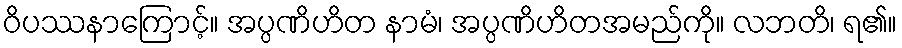
ဝိပဿနာကြောင့်။ အပ္ပဏိဟိတ နာမံ၊ အပ္ပဏိဟိတအမည်ကို။ လဘတိ၊ ရ၏။